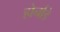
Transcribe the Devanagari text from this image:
होर्नाडे